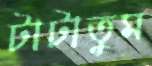
টাটাতুম